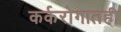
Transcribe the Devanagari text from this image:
कर्करोगातही